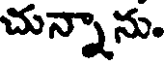
చున్నాను.